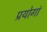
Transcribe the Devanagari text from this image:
प्रयोगां